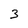
Character: 3